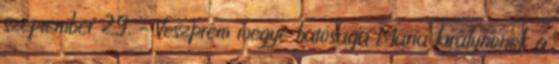
szeptember 29. – Veszprém megye hatósága Mária királynőnek a